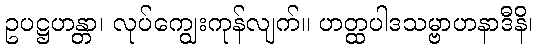
ဥပဋ္ဌဟန္တာ၊ လုပ်ကျွေးကုန်လျက်။ ဟတ္ထပါဒသမ္ဗာဟနာဒီနိ၊